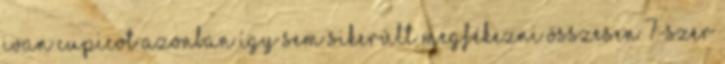
Ivan Cupicot azonban így sem sikerült megfékezni összesen 7-szer